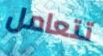
تتعامل